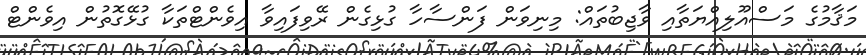
މަޤާމުގެ މަސްއޫލިއްޔަތާއި ވާޖިބުތައް: މިނިވަން ފަންސާހާ ގުޅިގެން ރޭވިފައިވާ އިވެންޓްތަކާ ގުޅޭގޮތުން އިވެންޓް